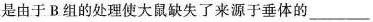
是由于B.组的处理使大鼠缺失了来源于垂体的___